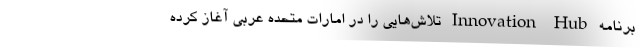
برنامه Innovation Hub تلاش‌هایی را در امارات متحده عربی آغاز کرده